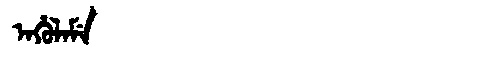
Manchu: ᠠᡥᡠᠯᠠᠮᡝ
Romanization: AHULAME